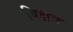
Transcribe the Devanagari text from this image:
विक्षन